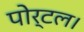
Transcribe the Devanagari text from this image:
पोर्टल।